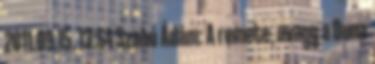
2011.09.15. 13:54 Szabó Ádám: A remete, avagy a Duna